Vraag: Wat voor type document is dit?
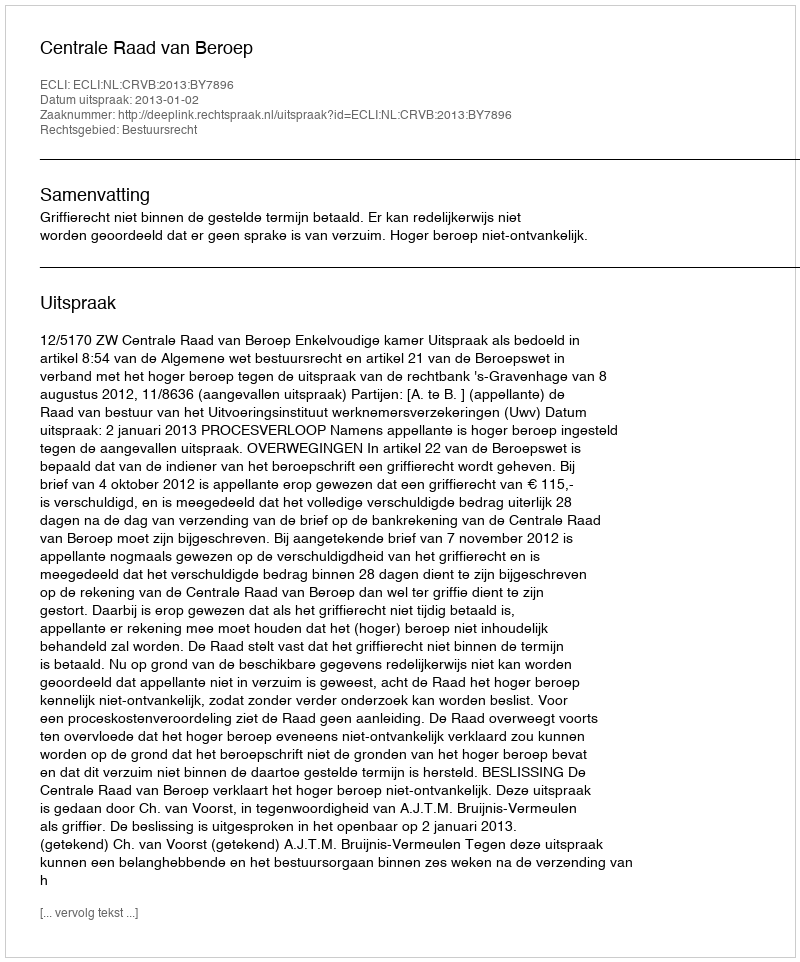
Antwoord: Uitspraak